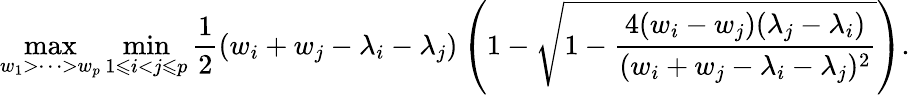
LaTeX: \operatorname*{max}_{w_{1}>\cdots>w_{p}}\operatorname*{min}_{1\leqslant i<j\leqslant p}\frac{1}{2}(w_{i}+w_{j}-\lambda_{i}-\lambda_{j})\left(1-\sqrt{1-\frac{4(w_{i}-w_{j})(\lambda_{j}-\lambda_{i})}{(w_{i}+w_{j}-\lambda_{i}-\lambda_{j})^{2}}}\right).